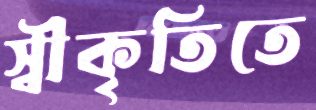
স্বীকৃতিতে